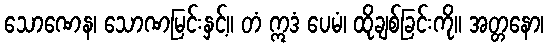
သောဏေန၊ သောဏမြင်းနှင့်။ တံ ဣဒံ ပေမံ၊ ထိုချစ်ခြင်းကို။ အတ္တနော၊